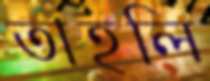
তাহলি